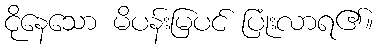
ငိုနေသော မိပန်းမြပင် ပြုံးလာရ၏။